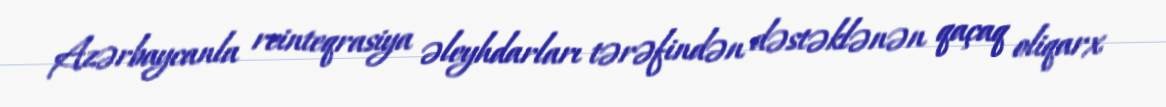
Azərbaycanla reinteqrasiya əleyhdarları tərəfindən dəstəklənən qaçaq oliqarx